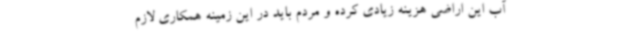
آب این اراضی هزینه زیادی کرده و مردم باید در این زمینه همکاری لازم